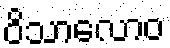
ဝိသာလောဝ